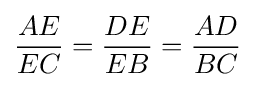
{\frac {AE}{EC}}={\frac {DE}{EB}}={\frac {AD}{BC}}